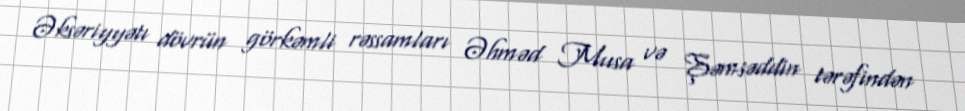
Əksəriyyətı dövrün görkəmli rəssamları Əhməd Musa və Şəmsəddin tərəfindən